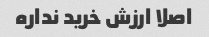
اصلا ارزش خرید نداره